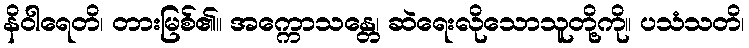
နိဝါရေတိ၊ တားမြစ်၏။ အက္ကောသန္တေ၊ ဆဲရေးလိုသောသူတို့ကို။ ပသံသတိ၊